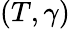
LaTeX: (T,\gamma)